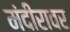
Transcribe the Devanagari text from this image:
मंदीरावर